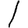
Digit: 1